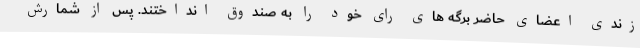
زندی اعضای حاضر برگه های رای خود را به صندوق انداختند. پس از شمارش